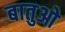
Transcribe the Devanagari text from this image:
बातुओ